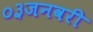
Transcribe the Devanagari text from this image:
०३जनवरी